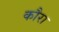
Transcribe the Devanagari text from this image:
कौरा